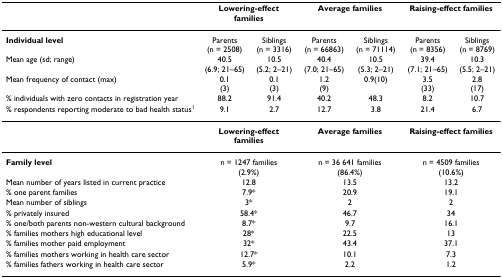
<table><thead><tr><td></td><td colspan="2"><b>Lowering-effect families</b></td><td colspan="2"><b>Average families</b></td><td colspan="2"><b>Raising-effect families</b></td></tr></thead><tbody><tr><td><b>Individual level</b></td><td>Parents (n = 2508)</td><td>Siblings (n = 3316)</td><td>Parents (n = 66863)</td><td>Siblings (n = 71114)</td><td>Parents (n = 8356)</td><td>Siblings (n = 8769)</td></tr><tr><td>Mean age (sd; range)</td><td>40.5 (6.9; 21–65)</td><td>10.5 (5.2; 2–21)</td><td>40.4 (7.0; 21–65)</td><td>10.5 (5.3; 2–21)</td><td>39.4 (7.1; 21–65)</td><td>10.3 (5.5; 2–21)</td></tr><tr><td>Mean frequency of contact (max)</td><td>0.1 (3)</td><td>0.1(3)</td><td>1.2(9)</td><td>0.9(10)</td><td>3.5(33)</td><td>2.8(17)</td></tr><tr><td>% individuals with zero contacts in registration year</td><td>88.2</td><td>91.4</td><td>40.2</td><td>48.3</td><td>8.2</td><td>10.7</td></tr><tr><td>% respondents reporting moderate to bad health status<sup>1</sup></td><td>9.1</td><td>2.7</td><td>12.7</td><td>3.8</td><td>21.4</td><td>6.7</td></tr><tr><td></td><td colspan="2"><b>Lowering-effect families</b></td><td colspan="2"><b>Average families</b></td><td colspan="2"><b>Raising-effect families</b></td></tr><tr><td><b>Family level</b></td><td colspan="2">n = 1247 families (2.9%)</td><td colspan="2">n = 36 641 families (86.4%)</td><td colspan="2">n = 4509 families (10.6%)</td></tr><tr><td>Mean number of years listed in current practice</td><td colspan="2">12.8</td><td colspan="2">13.5</td><td colspan="2">13.2</td></tr><tr><td>% one parent families</td><td colspan="2">7.9*</td><td colspan="2">20.9</td><td colspan="2">19.1</td></tr><tr><td>Mean number of siblings</td><td colspan="2">3*</td><td colspan="2">2</td><td colspan="2">2</td></tr><tr><td>% privately insured</td><td colspan="2">58.4*</td><td colspan="2">46.7</td><td colspan="2">34</td></tr><tr><td>% one/both parents non-western cultural background</td><td colspan="2">8.7*</td><td colspan="2">9.7</td><td colspan="2">16.1</td></tr><tr><td>% families mothers high educational level</td><td colspan="2">28*</td><td colspan="2">22.5</td><td colspan="2">13</td></tr><tr><td>% families mother paid employment</td><td colspan="2">32*</td><td colspan="2">43.4</td><td colspan="2">37.1</td></tr><tr><td>% families mothers working in health care sector</td><td colspan="2">12.7*</td><td colspan="2">10.1</td><td colspan="2">7.3</td></tr><tr><td>% families fathers working in health care sector</td><td colspan="2">5.9*</td><td colspan="2">2.2</td><td colspan="2">1.2</td></tr></tbody></table>